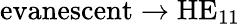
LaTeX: \textrm{evanescent}\rightarrow\textrm{HE}_{11}